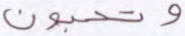
وتحبون